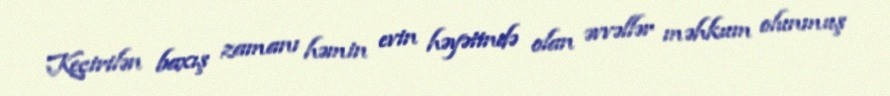
Keçirilən baxış zamanı həmin evin həyətində olan əvvəllər məhkum olunmuş